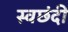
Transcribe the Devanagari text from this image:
स्वछंदी